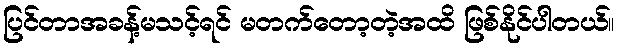
ပြင်တာအခန့်မသင့်ရင် မတက်တော့တဲ့အထိ ဖြစ်နိုင်ပါတယ်။